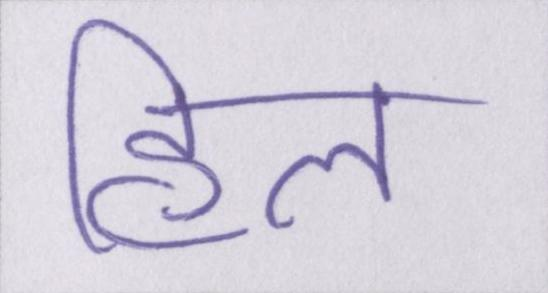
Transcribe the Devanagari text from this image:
हिल